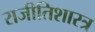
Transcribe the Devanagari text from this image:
राजीतिशारत्र